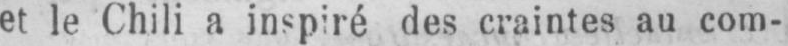
et le Chili a inspiré des craintes au com-